Indian Civil Veterinary Department memoirs
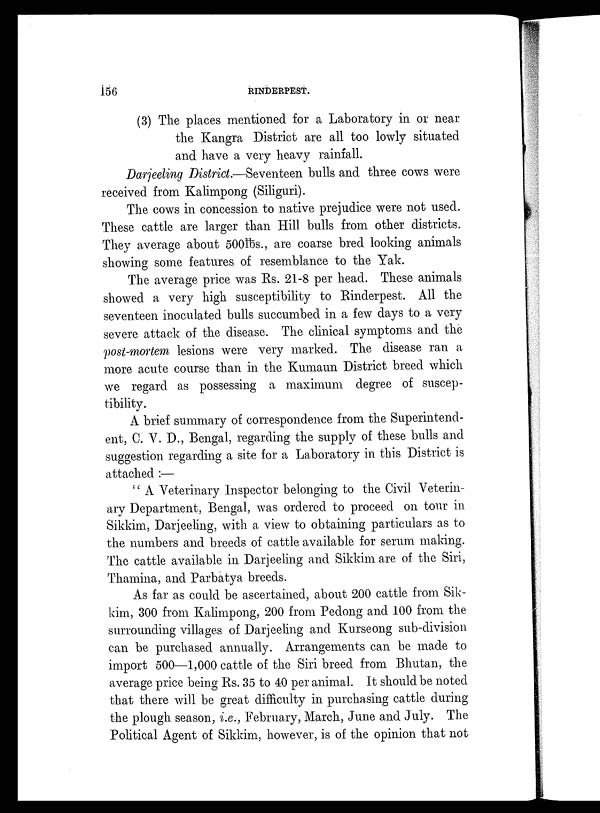
156
RINDERPEST.
(3) The places mentioned for a Laboratory in or near
the Kangra District are all too lowly situated
and have a very heavy rainfall.
Darjeeling District.—Seventeen bulls and three cows were
received from Kalimpong (Siliguri).
The cows in concession to native prejudice were not used.
These cattle are larger than Hill bulls from other districts.
They average about 500lbs., are coarse bred looking animals
showing some features of resemblance to the Yak.
The average price was Rs. 21-8 per head. These animals
showed a very high susceptibility to Rinderpest. All the
seventeen inoculated bulls succumbed in a few days to a very
severe attack of the disease. The clinical symptoms and the
post-mortem lesions were very marked. The disease ran a
more acute course than in the Kumaun District breed which
we regard as possessing a maximum degree of suscep-
tibility.
A brief summary of correspondence from the Superintend-
ent, C. V. D., Bengal, regarding the supply of these bulls and
suggestion regarding a site for a Laboratory in this District is
attached:—
"A Veterinary Inspector belonging to the Civil Veterin-
ary Department, Bengal, was ordered to proceed on tour in
Sikkim, Darjeeling, with a view to obtaining particulars as to
the numbers and breeds of cattle available for serum making.
The cattle available in Darjeeling and Sikkim are of the Siri,
Thamina, and Parbatya breeds.
As far as could be ascertained, about 200 cattle from Sik-
kim, 300 from Kalimpong, 200 from Pedong and 100 from the
surrounding villages of Darjeeling and Kurseong sub-division
can be purchased annually. Arrangements can be made to
import 500—1,000 cattle of the Siri breed from Bhutan, the
average price being Rs. 35 to 40 per animal. It should be noted
that there will be great difficulty in purchasing cattle during
the plough season, i.e., February, March, June and July. The
Political Agent of Sikkim, however, is of the opinion that not